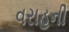
વરાહની